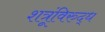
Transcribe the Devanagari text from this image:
शत्रूंविरुद्ध